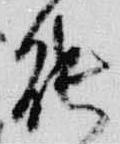
能